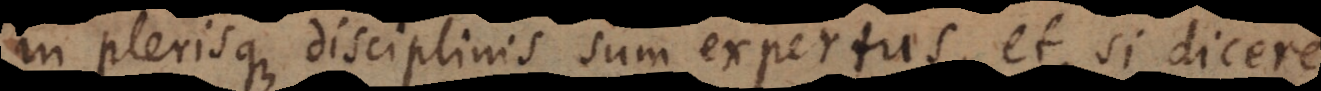
in plerisque disciplinis sum expertus, et, si dicere